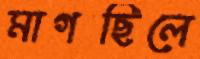
মাগছিলে